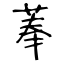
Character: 菶